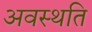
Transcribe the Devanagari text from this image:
अवस्थति